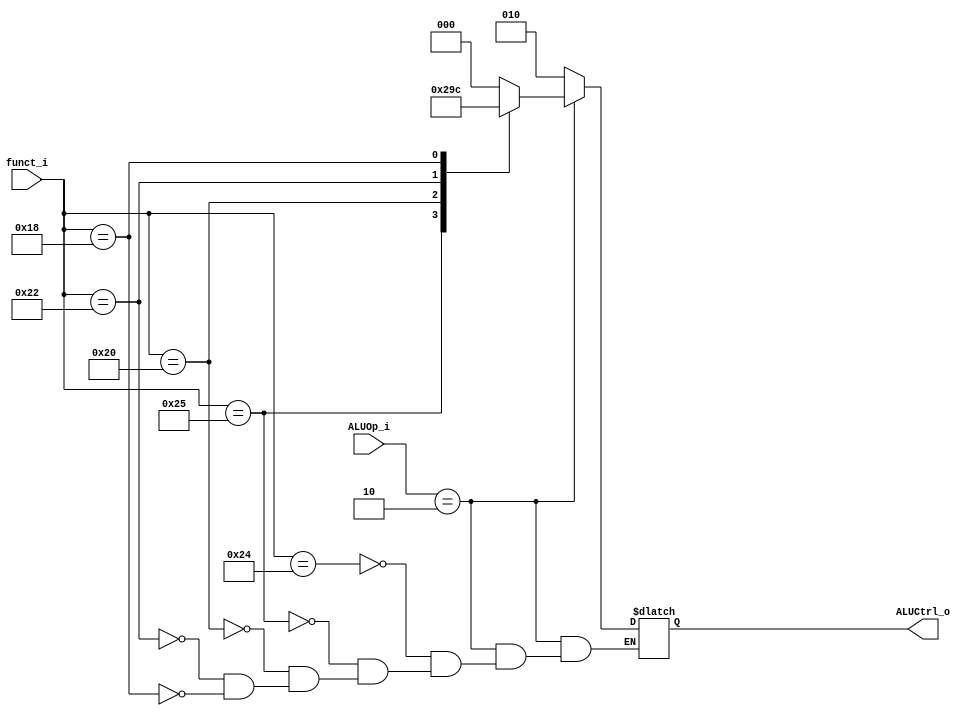
//NOT MODIFIED
module ALU_Control(
    input       [5:0] funct_i,
    input       [1:0] ALUOp_i,
    output reg  [2:0] ALUCtrl_o
);
  
always @(*) begin
    if (ALUOp_i == 2'b10) begin
        case(funct_i)
            6'b100100:  ALUCtrl_o = 3'b000;  //and
            6'b100101:  ALUCtrl_o = 3'b001;  //or
            6'b100000:  ALUCtrl_o = 3'b010;  //add
            6'b100010:  ALUCtrl_o = 3'b011;  //sub
            6'b011000:  ALUCtrl_o = 3'b100;  //mul
        endcase
    end
    else    ALUCtrl_o = 3'b010;  //addi
end

endmodule